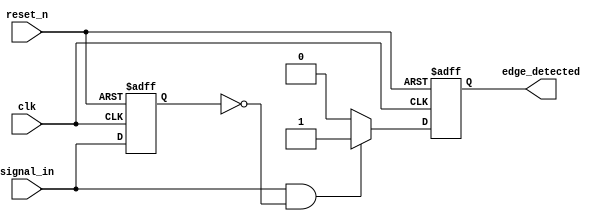
module edge_detector (
    input wire clk,              // Clock signal
    input wire reset_n,          // Active low asynchronous reset
    input wire signal_in,        // Input signal to detect rising edge
    output reg edge_detected     // Output pulse for edge detection
);

    reg signal_in_d;             // D flip-flop to store previous state

    // Asynchronous reset and state sampling
    always @(posedge clk or negedge reset_n) begin
        if (!reset_n) begin
            signal_in_d <= 1'b0;  // Reset previous state to 0
            edge_detected <= 1'b0; // Reset output pulse
        end else begin
            signal_in_d <= signal_in; // Sample current state
            // Edge detection logic
            if (signal_in && !signal_in_d) begin
                edge_detected <= 1'b1; // Rising edge detected
            end else begin
                edge_detected <= 1'b0; // No edge detected
            end
        end
    end

endmodule